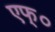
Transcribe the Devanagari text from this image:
एफ्०